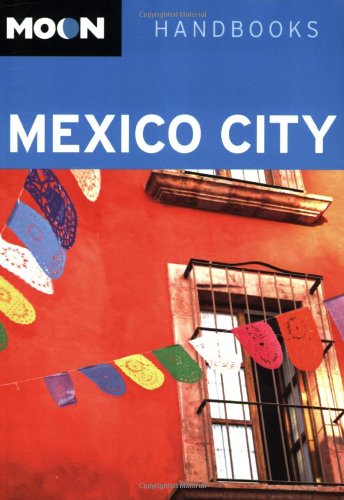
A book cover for Moon Mexico City (Moon Handbooks); Chris Humphrey; Travel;